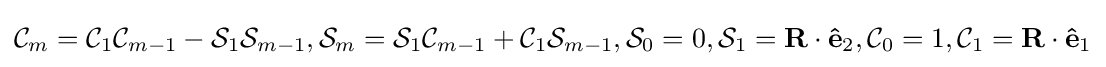
{\mathcal {C}}_{m}={\mathcal {C}}_{1}{\mathcal {C}}_{m-1}-{\mathcal {S}}_{1}{\mathcal {S}}_{m-1},{\mathcal {S}}_{m}={\mathcal {S}}_{1}{\mathcal {C}}_{m-1}+{\mathcal {C}}_{1}{\mathcal {S}}_{m-1},{\mathcal {S}}_{0}=0,{\mathcal {S}}_{1}=\mathbf {R} \cdot \mathbf {\hat {e}} _{2},{\mathcal {C}}_{0}=1,{\mathcal {C}}_{1}=\mathbf {R} \cdot \mathbf {\hat {e}} _{1}